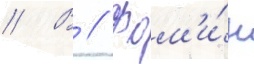
// В // Фом'и́н